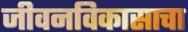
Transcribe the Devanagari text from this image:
जीवनविकासाचा